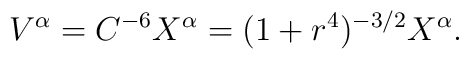
V^\alpha=C^{-6} X^\alpha=(1+r^4)^{- 3/2}X^\alpha.